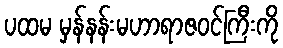
ပထမ မှန်နန်းမဟာရာဇဝင်ကြီးကို